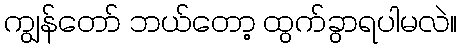
ကျွန်တော် ဘယ်တော့ ထွက်ခွာရပါမလဲ။